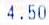
4.50